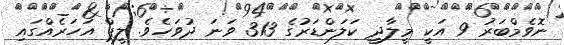
ނޮވެމްބަރު 9 އަކީ މީލާދީ ކަލަންޑަރުގެ 313 ވަނަ ދުވަހެވެ. ލީޕް އަހަރެއްގައި